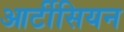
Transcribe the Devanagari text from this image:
आर्टीसियन